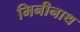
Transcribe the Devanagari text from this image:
मिनीनाथ